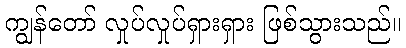
ကျွန်တော် လှုပ်လှုပ်ရှားရှား ဖြစ်သွားသည်။